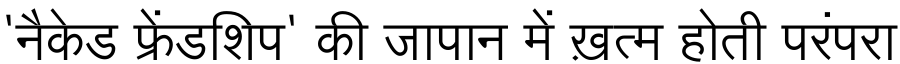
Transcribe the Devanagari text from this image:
'नैकेड फ्रेंडशिप' की जापान में ख़त्म होती परंपरा